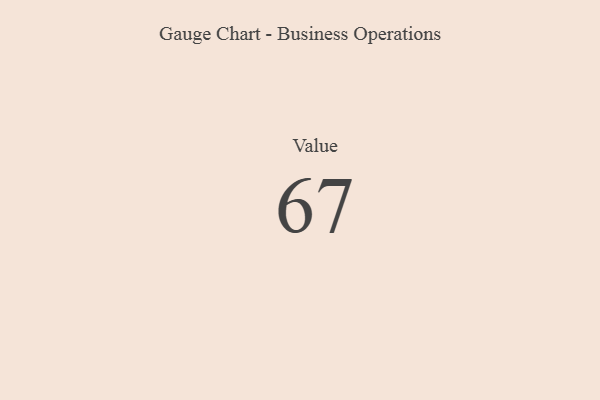
{"axis": {"x": "Metric", "y": "Value"}, "legend": [""], "data": [{"x": "Value", "y": 67, "type": ""}]}